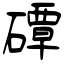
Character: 磹